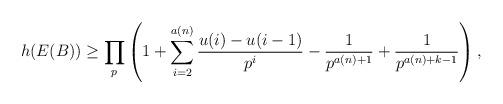
LaTeX: \begin{align*}h(E(B))\geq \prod_{p}\left(1+\sum_{i=2}^{a(n)}\frac{u(i)-u(i-1)}{p^i}-\frac{1}{p^{a(n)+1}}+\frac{1}{p^{a(n)+k-1}}\right),\end{align*}